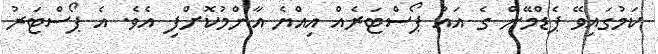
ކަމުގައިވޭ ޕެޑްމޭން ގެ އައު ޕޯސްޓަރެއް އިއްޔެ އާންމުކޮށްފި އެވެ. އެ ޕޯސްޓަރު